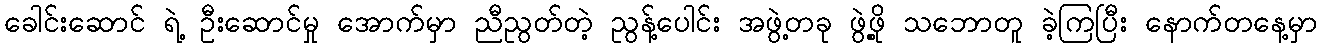
ခေါင်းဆောင် ရဲ့ ဦးဆောင်မှု အောက်မှာ ညီညွတ်တဲ့ ညွန့်ပေါင်း အဖွဲ့တခု ဖွဲ့ဖို့ သဘောတူ ခဲ့ကြပြီး နောက်တနေ့မှာ